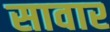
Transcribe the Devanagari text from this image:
सावार